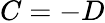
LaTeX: C=-D